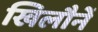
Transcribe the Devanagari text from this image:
खिलौनें